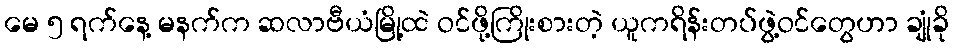
မေ ၅ ရက်နေ့ မနက်က ဆလာဗီယံမြို့ထဲ ဝင်ဖို့ကြိုးစားတဲ့ ယူကရိန်းတပ်ဖွဲ့ဝင်တွေဟာ ချုံခို